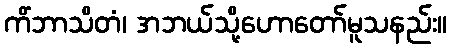
ကိံဘာသိတံ၊ အဘယ်သို့ဟောတော်မူသနည်း။